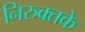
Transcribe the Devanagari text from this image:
निरुक्तके